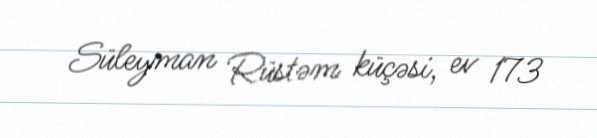
Süleyman Rüstəm küçəsi, ev 173